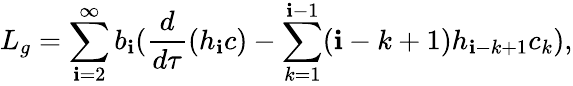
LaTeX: L_{g}=\sum_{\mathbf{i}=2}^{\infty}b_{\mathbf{i}}(\frac{{d}}{{d\tau}}(h_{\mathbf{i}}c)-\sum_{k=1}^{\mathbf{i}-1}(\mathbf{i}-k+1)h_{\mathbf{i}-k+1}c_{k}),